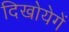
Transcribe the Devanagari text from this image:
दिखोयेगें